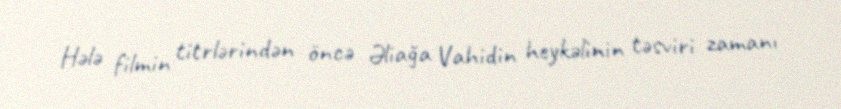
Hələ filmin titrlərindən öncə Əliağa Vahidin heykəlinin təsviri zamanı